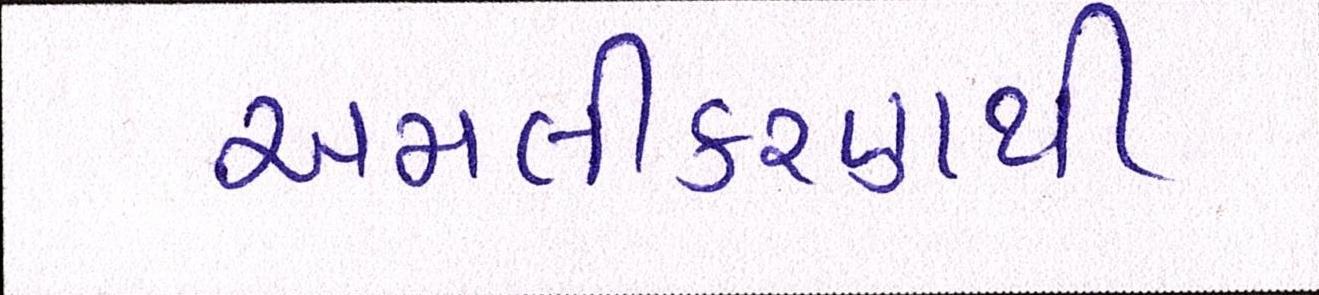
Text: અમલીકરણથી